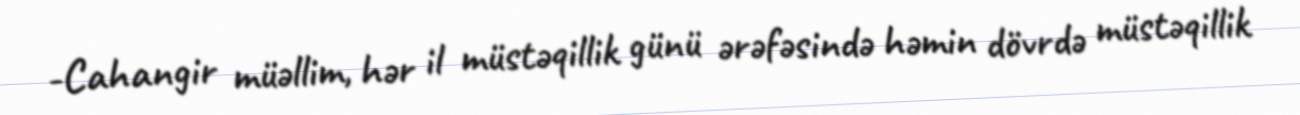
-Cahangir müəllim, hər il müstəqillik günü ərəfəsində həmin dövrdə müstəqillik